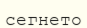
сегнето